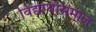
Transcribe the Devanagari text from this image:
विद्यार्थीसमाज